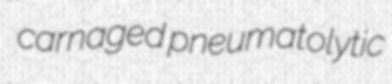
carnaged pneumatolytic